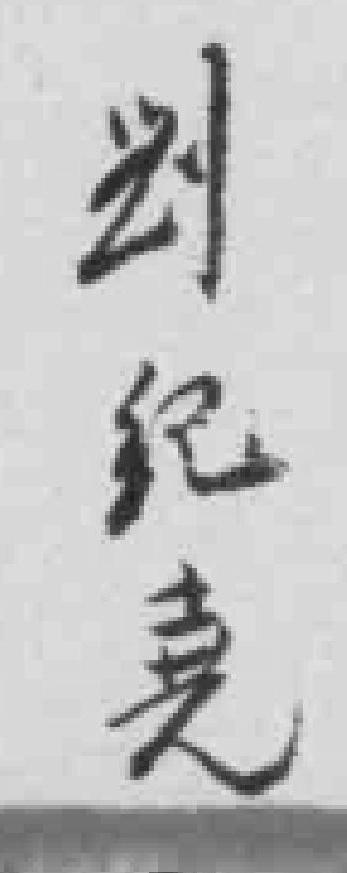
劉紀*